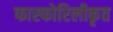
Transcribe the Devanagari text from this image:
फास्फोरिलीकृत